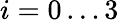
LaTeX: i=0\dots 3